system: You are a helpful assistant.
user:
Analyze the provided spectrum to determine if it is a **"Cataclysmic Variables (CV)"**.

- **Key Indicators for CV (Check for either state):**
    - **State 1: Quiescent / Low-State (Emission-Dominated)**
        - **(Primary):** Strong and *very broad* Hydrogen Balmer emission lines (e.g., $H\alpha$ at 6563 Å, $H\beta$ at 4861 Å). The 'broadness' (high velocity dispersion, often FWHM > 1000 km/s) is the key diagnostic, indicating a high-velocity accretion disk.
        - **(Secondary):** Broad neutral Helium (He I) emission lines (e.g., 5876 Å, 6678 Å).
        - **(Key Confirmation):** Presence of high-excitation *ionized* Helium (He II) emission at 4686 Å. This is a strong indicator of accretion onto a white dwarf.
        - **(Line Profile):** Emission lines may exhibit a 'double-peaked' profile, which is a classic signature of a rotating accretion disk viewed at high inclination.

    - **State 2: Outburst / High-State (Absorption-Dominated)**
        - **(Primary):** Spectrum is dominated by a bright, blue continuum (looks like a hot star).
        - **(Secondary):** The emission lines from State 1 are weak, absent, or 'filled in', and are replaced by broad, shallow *absorption* lines (primarily Balmer and He I).
        - **(Morphology):** The overall spectrum mimics a hot B/A-type star. The crucial difference is that the absorption lines are significantly broader, shallower, and more 'washed-out' (or 'smeared') than the sharp lines of a normal stellar photosphere, due to high rotational speeds and pressure broadening in the disk.

Think first, call **spectral_visualization_tool** if needed to examine features in detail, then provide your final answer. Your response must adhere to the following strict rules:
1.  **Overall Structure:** Your response must follow the format `<think>...</think> <tool_call>...</tool_call> (if a tool is used) <answer>...</answer>`.
2.  **Tool Usage Constraint:** You may only make **one** tool call per turn.
3.  **Final Answer Format:** In the `<answer>` tag, your conclusion must be inside a `\boxed{}` command (e.g., `\boxed{YES}`), followed by your justification.

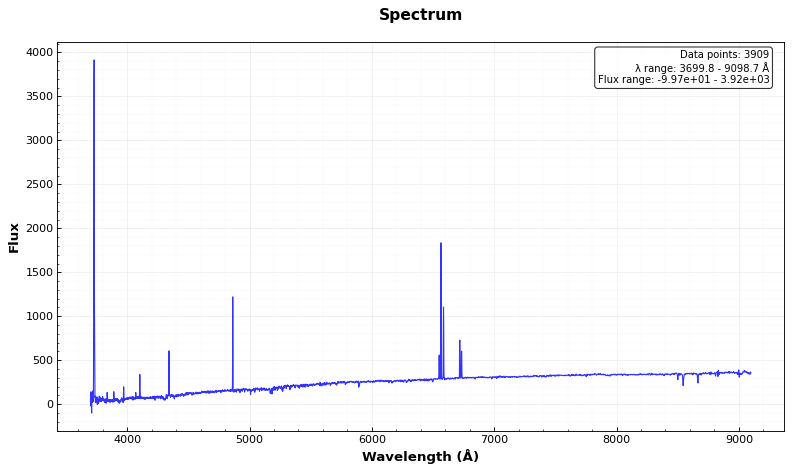
Answer: NO